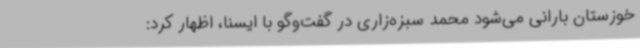
خوزستان بارانی می‌شود محمد سبزه‌زاری در گفت‌وگو با ایسنا، اظهار کرد: